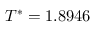
T ^ { * } = 1 . 8 9 4 6